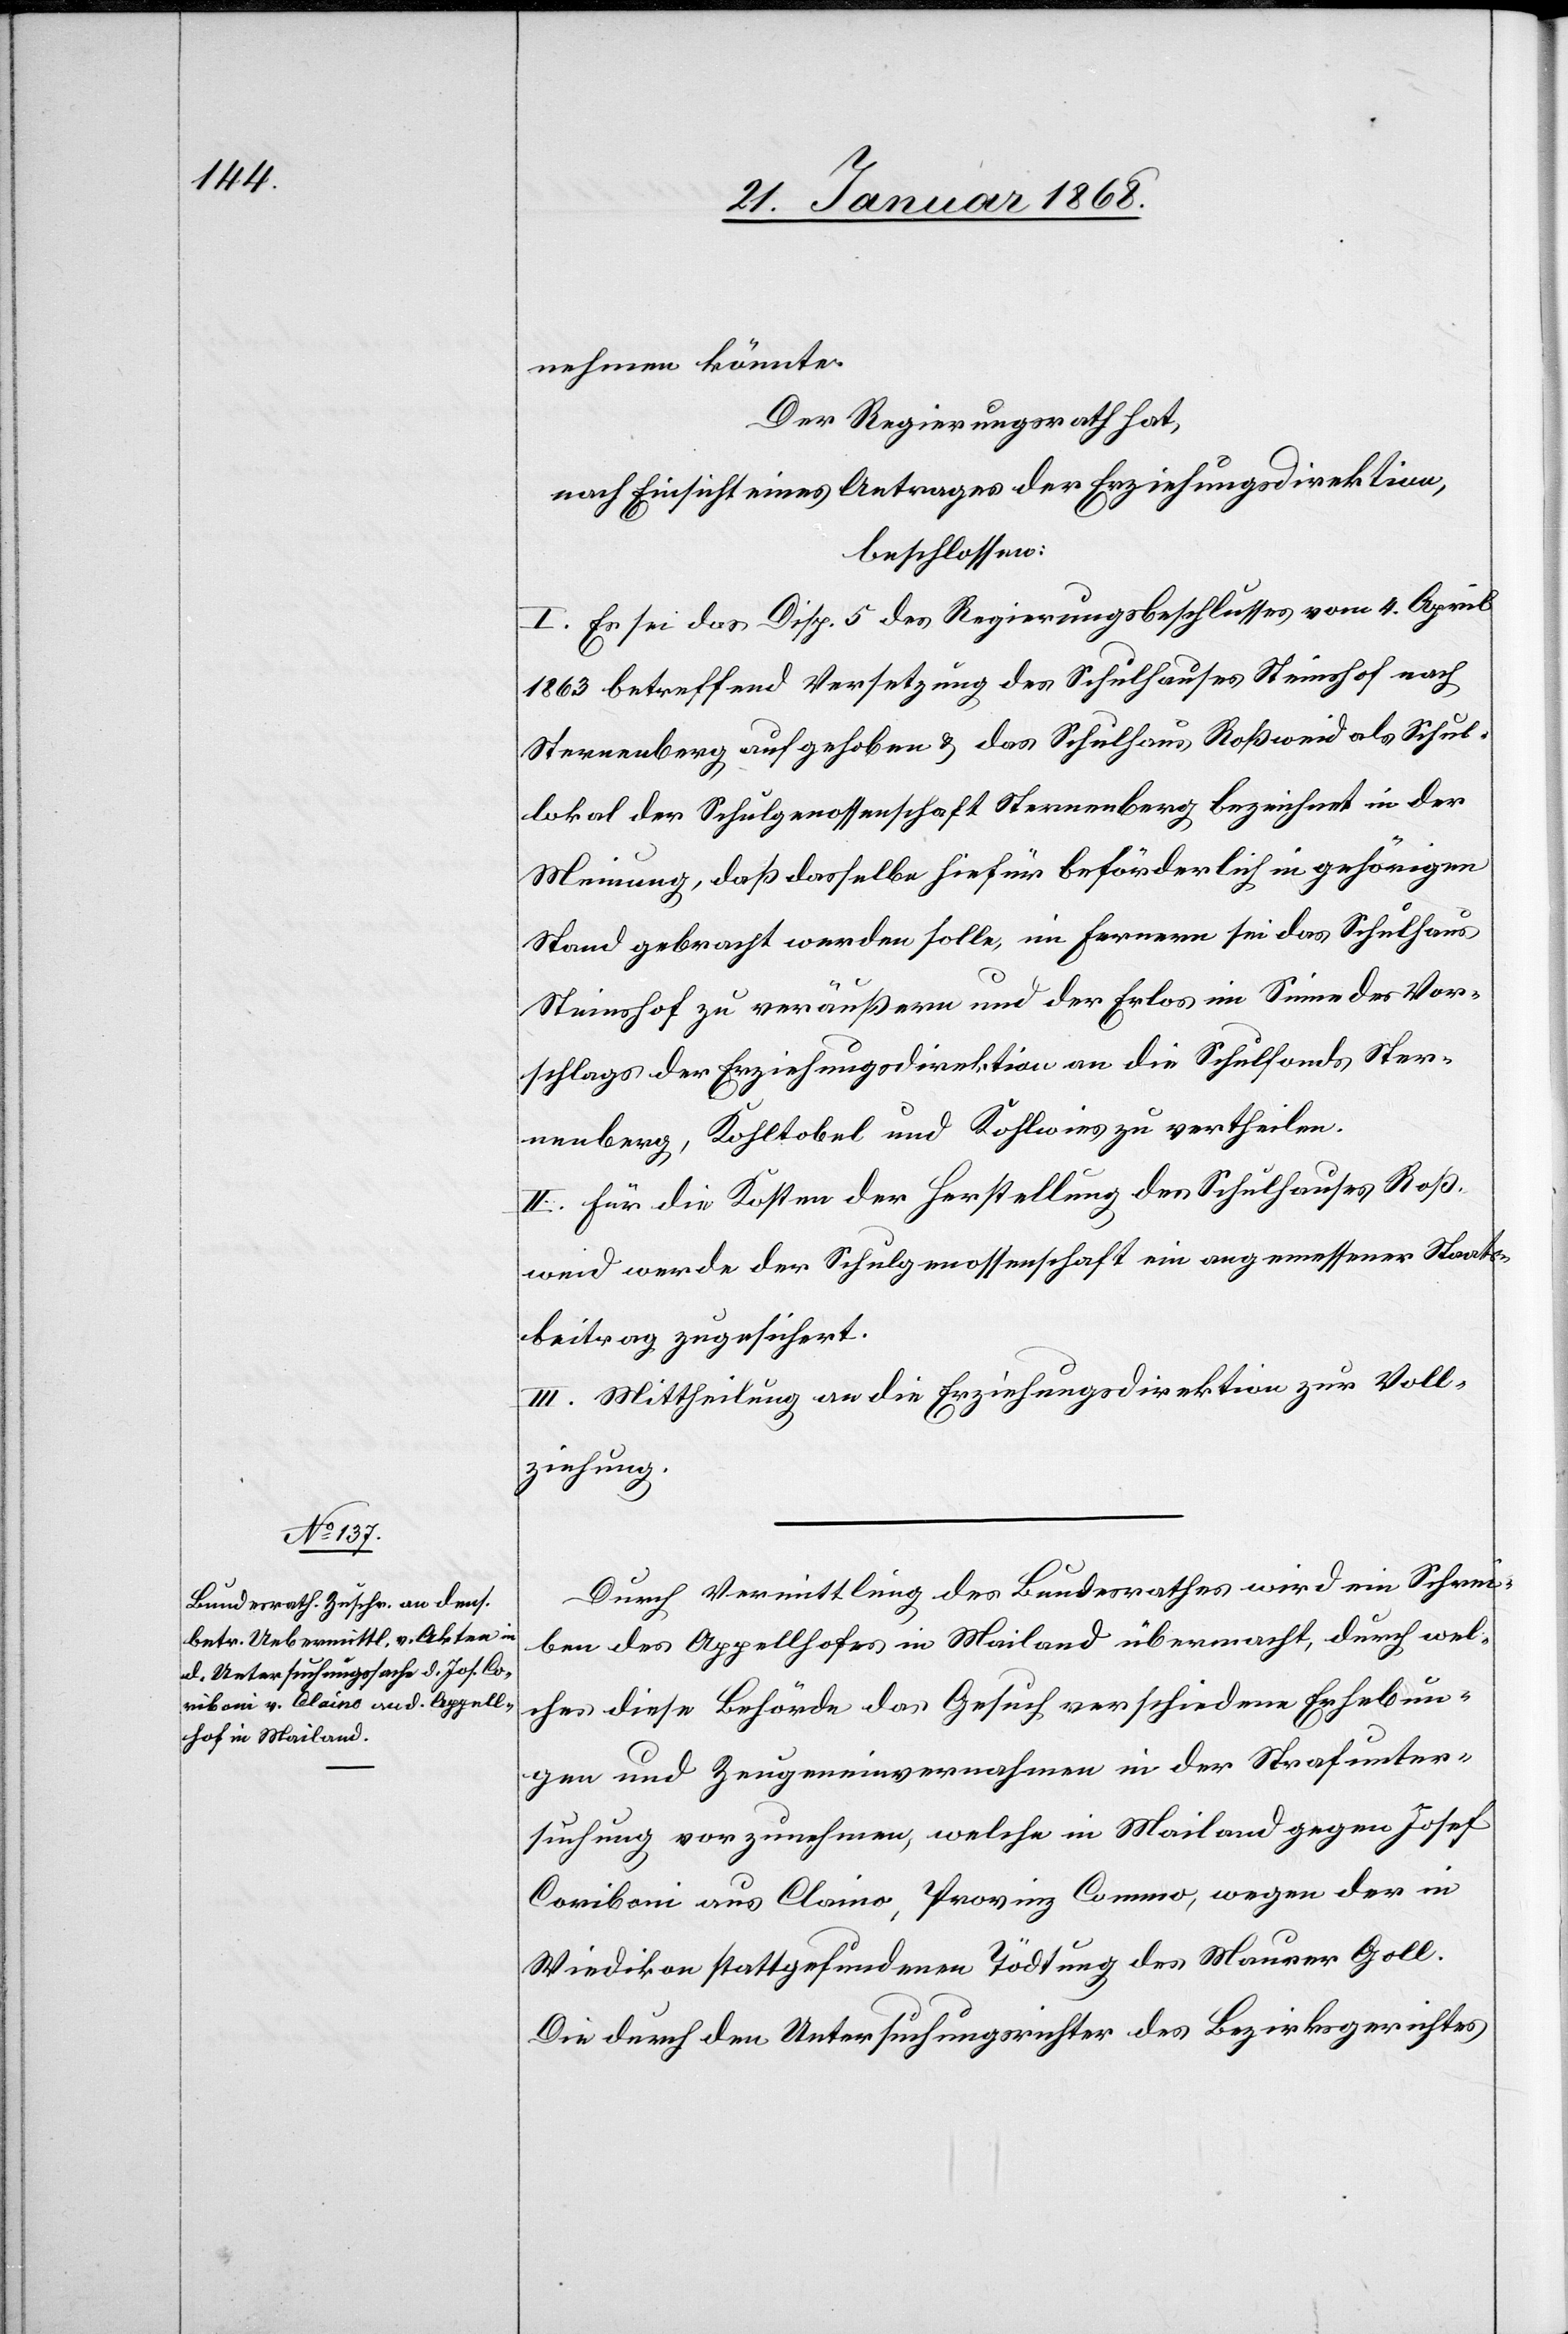
nehmen könnte.
Der Regierungsrath hat,
nach Einsicht eines Antrages der Erziehungsdirektion,
beschlossen:
I. Es sei das Disp. 5 des Regierungsbeschlusses vom 4. April
1863 betreffend Versetzung des Schulhauses Steinshof nach
Sternenberg aufgehoben & das Schulhaus Roßweid als Schul¬
lokal der Schulgenossenschaft Sternenberg bezeichnet in der
Meinung, daß dasselbe hiefür beförderlich in gehörigen
Stand gebracht werden solle, im Fernern sei das Schulhaus
Steinshof zu veräußern und der Erlos [sic!] im Sinne des Vor¬
schlags der Erziehungsdirektion an die Schulfonds Ster¬
nenberg, Kohltobel und Kohlwies zu vertheilen.
II. Für die Kosten der Herstellung des Schulhauses Roß¬
weid werde der Schulgenossenschaft ein angemessener Staats¬
beitrag zugesichert.
III. Mittheilung an die Erziehungsdirektion zur Voll¬
ziehung.
Durch Vermittlung des Bundesrathes wird ein Schrei¬
ben des Appellhofes in Mailand übermacht, durch wel¬
ches diese Behörde das Gesuch [stellt,] verschiedene Erhebun¬
gen und Zeugeneinvernahmen in der Strafunter¬
suchung vorzunehmen, welche in Mailand gegen Josef
Coriboni aus Claino, Provinz Commo, wegen der in
Wiedikon stattgefundenen Tödtung des Maurer Goll
Die durch den Untersuchungsrichter des Bezirksgerichtes